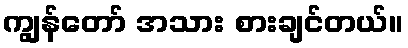
ကျွန်တော် အသား စားချင်တယ်။